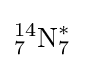
{}_{7}^{14}{\text{N}}_{7}^{*}